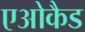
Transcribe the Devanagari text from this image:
एओकैड